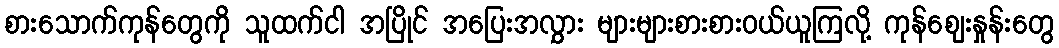
စားသောက်ကုန်တွေကို သူထက်ငါ အပြိုင် အပြေးအလွှား များများစားစားဝယ်ယူကြလို့ ကုန်ဈေးနှုန်းတွေ